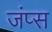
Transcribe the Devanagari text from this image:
जंप्स